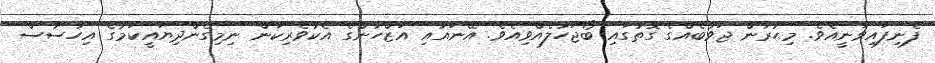
ފެނިފައިވަނީއެވެ. މިޙުރާން ޖަވާބެއްގެ ގޮތުގައި ބޯޖަހާލެއްވިއެވެ. އޭނައާއި އަަޒްހާންގެ އެކުވެރިކަން ނިމިގެންދިޔައީކަމުގެ އިހުސާސް